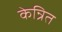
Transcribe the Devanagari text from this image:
केन्रित